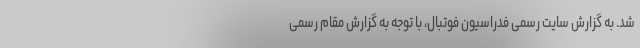
شد. به گزارش سایت رسمی فدراسیون فوتبال، با توجه به گزارش مقام رسمی